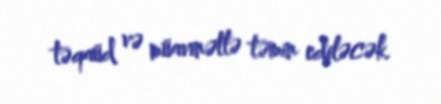
təqaüd və müavinətlə təmin ediləcək.